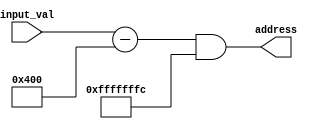
module AddressMapping(
	input [31:0] input_val, 
	output [31:0] address
);
	
  assign address = (input_val - 32'd1024) & (32'b11111111_11111111_11111111_11111100);

endmodule